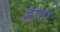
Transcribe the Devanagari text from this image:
द्वा्रा